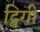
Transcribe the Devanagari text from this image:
ट्विगी